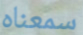
سمعناه